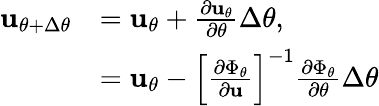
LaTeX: \begin{array}{rl}{\mathbf{u}_{\theta+\Delta\theta}}&{=\mathbf{u}_{\theta}+\frac{\partial\mathbf{u}_{\theta}}{\partial\theta}\Delta\theta,}\\ &{=\mathbf{u}_{\theta}-\left[\frac{\partial\Phi_{\theta}}{\partial\mathbf{u}}\right]^{-1}\frac{\partial\Phi_{\theta}}{\partial\theta}\Delta\theta}\end{array}